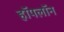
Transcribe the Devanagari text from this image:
हॉपलॉन